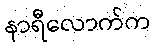
နာရီလောက်က